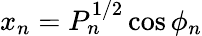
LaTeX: x_{n}=P_{n}^{1/2}\cos\phi_{n}